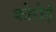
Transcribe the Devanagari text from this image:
कोरोई